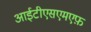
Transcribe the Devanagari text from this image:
आईटीएसएमएफ़